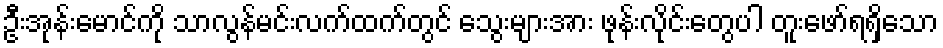
ဦးအုန်းမောင်ကို သာလွန်မင်းလက်ထက်တွင် သွေးများအား ဖုန်းလိုင်းတွေပါ တူးဖော်ရရှိသော